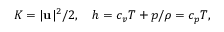
K = | \mathbf u | ^ { 2 } / 2 , \quad h = c _ { v } T + p / \rho = c _ { p } T ,